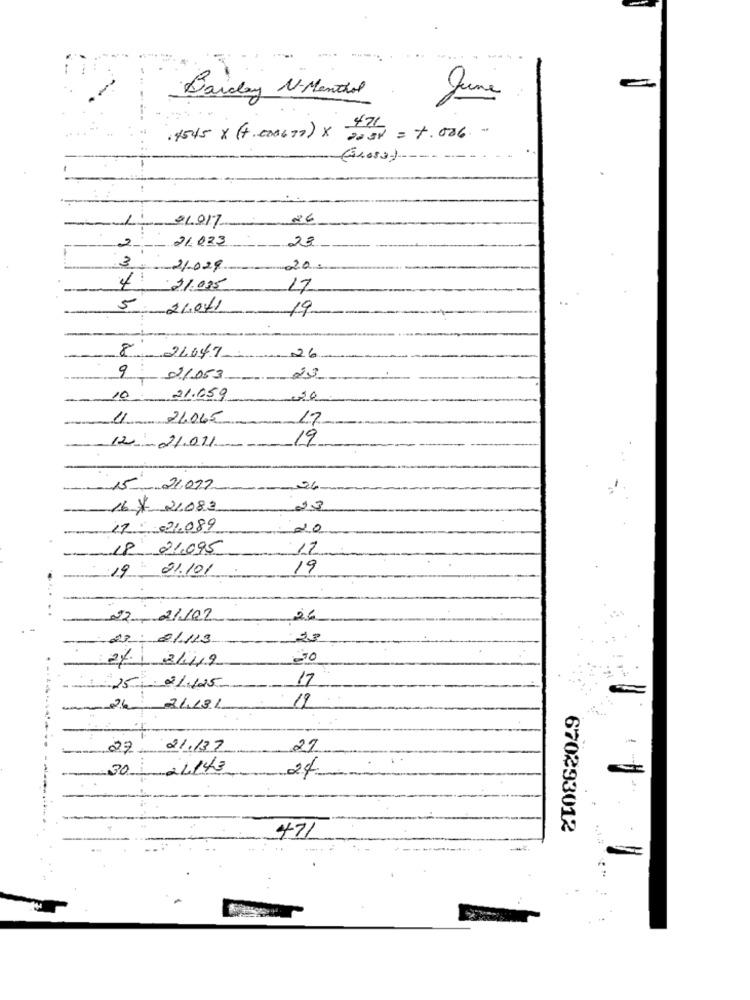
Barday N. Menthol
June
:4545 x (+. 000677) × 2030 = +.006. "
(Gross)
26
22017
2
21.023
23
3.
21-029
20
4 21.025
17
5. 21071
19
8 21047
-26
9: 21053
23
10 21.059
4 21.065
-
17
19
12- 21.011
--- 15 21017
-26
-- 16 y 2.083
23
#- 17 : - 21089
2.0
--- 18 21095
12
19- 21.101
19
..
22, 21/02
26
-22 : 21113
23
24.1 3149
20
17
15.21.625
24 24131
-
19
27
21.137
27
30 24143
24
670293012
471